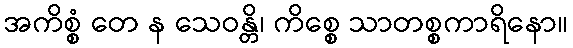
အကိစ္စံ တေ န သေဝန္တိ၊ ကိစ္စေ သာတစ္စကာရိနော။